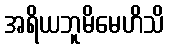
အရိယဘူမိမေဟိသိ